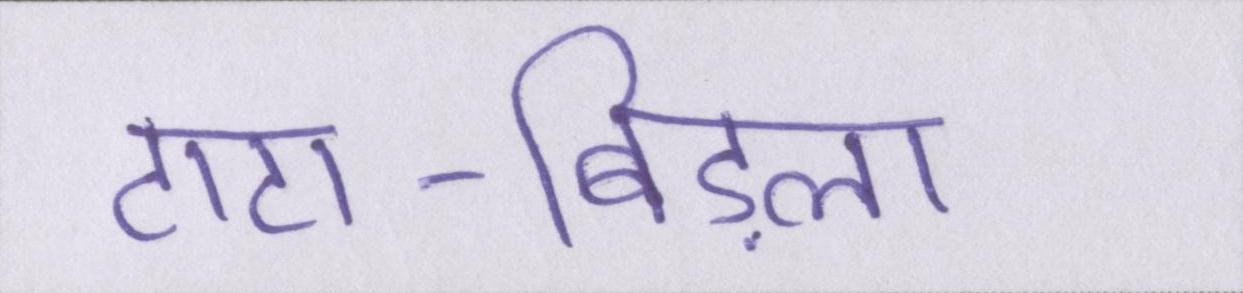
टाटा-बिड़ला